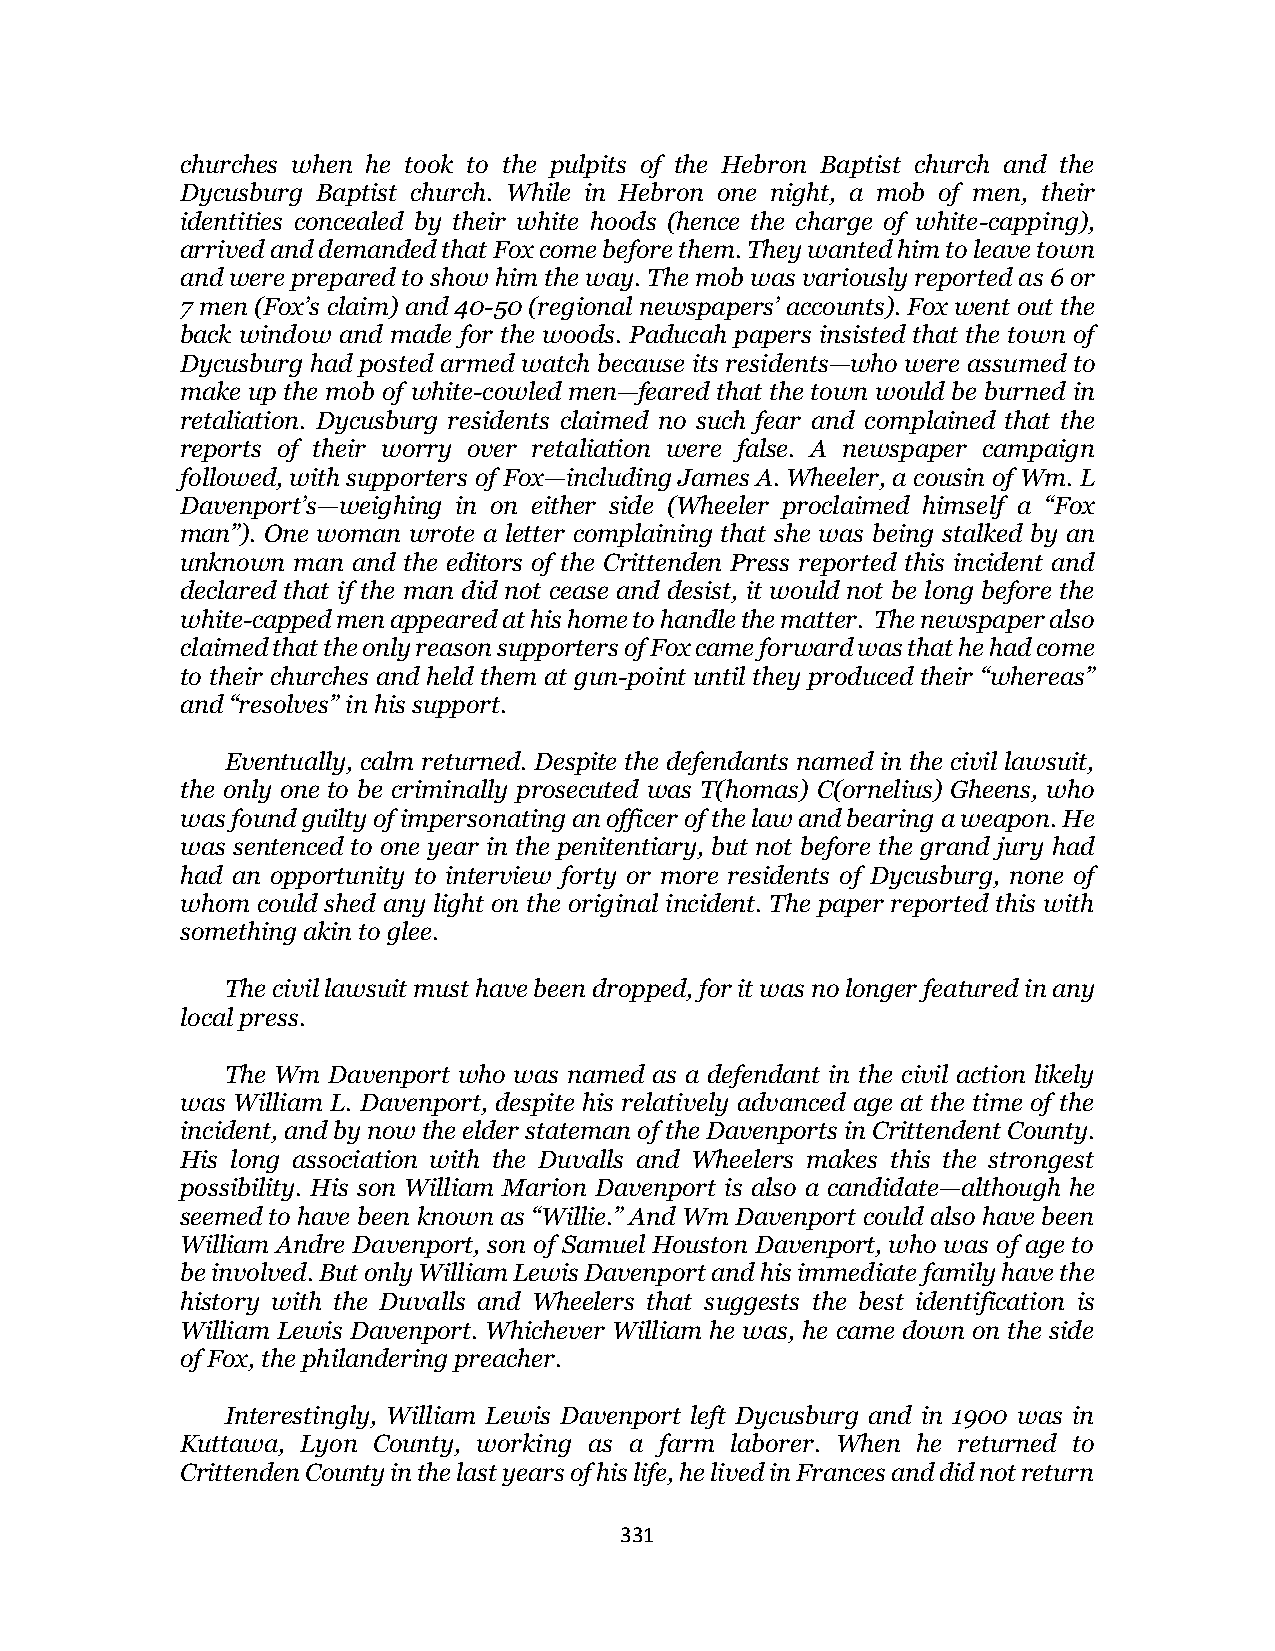
churches when he took to the pulpits of the Hebron Baptist church and the
 Dycusburg Baptist church. While in Hebron one night, a mob of men, their
 identities concealed by their white hoods (hence the charge of white-capping),
 arrived and demanded that Fox come before them. They wanted him to leave town
 and were prepared to show him the way. The mob was variously reported as 6 or
 7 men (Fox’s claim) and 40-50 (regional newspapers’ accounts). Fox went out the
 back window and made for the woods. Paducah papers insisted that the town of
 Dycusburg had posted armed watch because its residents—who were assumed to
 make up the mob of white-cowled men—feared that the town would be burned in
 retaliation. Dycusburg residents claimed no such fear and complained that the
 reports of their worry over retaliation were false. A newspaper campaign
 followed, with supporters of Fox—including James A. Wheeler, a cousin of Wm. L
 Davenport’s—weighing in on either side (Wheeler proclaimed himself a “Fox
 man”). One woman wrote a letter complaining that she was being stalked by an
 unknown man and the editors of the Crittenden Press reported this incident and
 declared that if the man did not cease and desist, it would not be long before the
 white-capped men appeared at his home to handle the matter. The newspaper also
 claimed that the only reason supporters of Fox came forward was that he had come
 to their churches and held them at gun-point until they produced their “whereas”
 and “resolves” in his support.
 Eventually, calm returned. Despite the defendants named in the civil lawsuit,
 the only one to be criminally prosecuted was T(homas) C(ornelius) Gheens, who
 was found guilty of impersonating an officer of the law and bearing a weapon. He
 was sentenced to one year in the penitentiary, but not before the grand jury had
 had an opportunity to interview forty or more residents of Dycusburg, none of
 whom could shed any light on the original incident. The paper reported this with
 something akin to glee.
 The civil lawsuit must have been dropped, for it was no longer featured in any
 local press.
 The Wm Davenport who was named as a defendant in the civil action likely
 was William L. Davenport, despite his relatively advanced age at the time of the
 incident, and by now the elder stateman of the Davenports in Crittendent County.
 His long association with the Duvalls and Wheelers makes this the strongest
 possibility. His son William Marion Davenport is also a candidate—although he
 seemed to have been known as “Willie.” And Wm Davenport could also have been
 William Andre Davenport, son of Samuel Houston Davenport, who was of age to
 be involved. But only William Lewis Davenport and his immediate family have the
 history with the Duvalls and Wheelers that suggests the best identification is
 William Lewis Davenport. Whichever William he was, he came down on the side
 of Fox, the philandering preacher.
 Interestingly, William Lewis Davenport left Dycusburg and in 1900 was in
 Kuttawa, Lyon County, working as a farm laborer. When he returned to
 Crittenden County in the last years of his life, he lived in Frances and did not return
 331